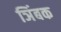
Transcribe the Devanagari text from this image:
ञिंबक